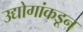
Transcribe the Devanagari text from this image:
उद्योगांकडून